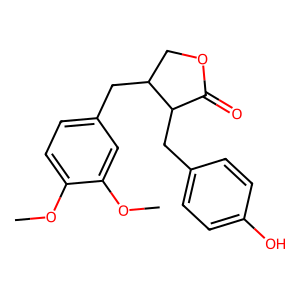
SMILES: COc1ccc(CC2COC(=O)C2Cc2ccc(O)cc2)cc1OC
Inhibits HIV replication: No